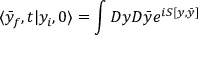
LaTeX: \langle \bar { y } _ { f } , t | y _ { i } , 0 \rangle = \int D y D \bar { y } e ^ { i S [ y , \bar { y } ] }